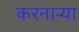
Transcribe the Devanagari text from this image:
करनार्‍या